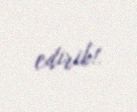
edirik!.